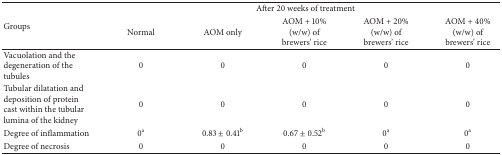
| <ROWSPAN=2> Groups | <COLSPAN=5> After 20 weeks of treatment |
 | Normal | AOM only | AOM + 10% (w/w) of brewers' rice | AOM + 20% (w/w) of brewers' rice | AOM + 40% (w/w) of brewers' rice |
 | --- | --- | --- | --- | --- | --- |
 | Vacuolation and the degeneration of the tubules | 0 | 0 | 0 | 0 | 0 |
 | Tubular dilatation and deposition of protein cast within the tubular lumina of the kidney | 0 | 0 | 0 | 0 | 0 |
 | Degree of inflammation | 0a | 0.83 ± 0.41b | 0.67 ± 0.52b | 0a | 0a |
 | Degree of necrosis | 0 | 0 | 0 | 0 | 0 |